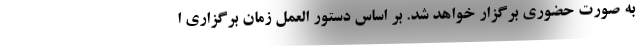
به صورت حضوری برگزار خواهد شد. بر اساس دستور العمل زمان برگزاری ا